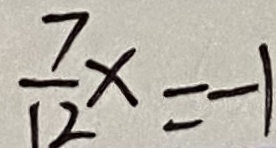
\frac { 7 } { 1 2 } x = - 1